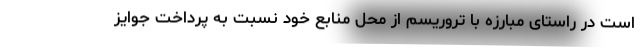
است در راستای مبارزه با تروریسم از محل منابع خود نسبت به پرداخت جوایز